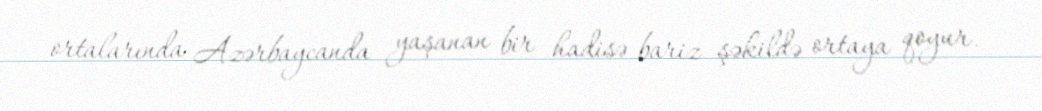
ortalarında Azərbaycanda yaşanan bir hadisə bariz şəkildə ortaya qoyur.